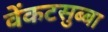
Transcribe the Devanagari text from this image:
वेंकटसुब्बा